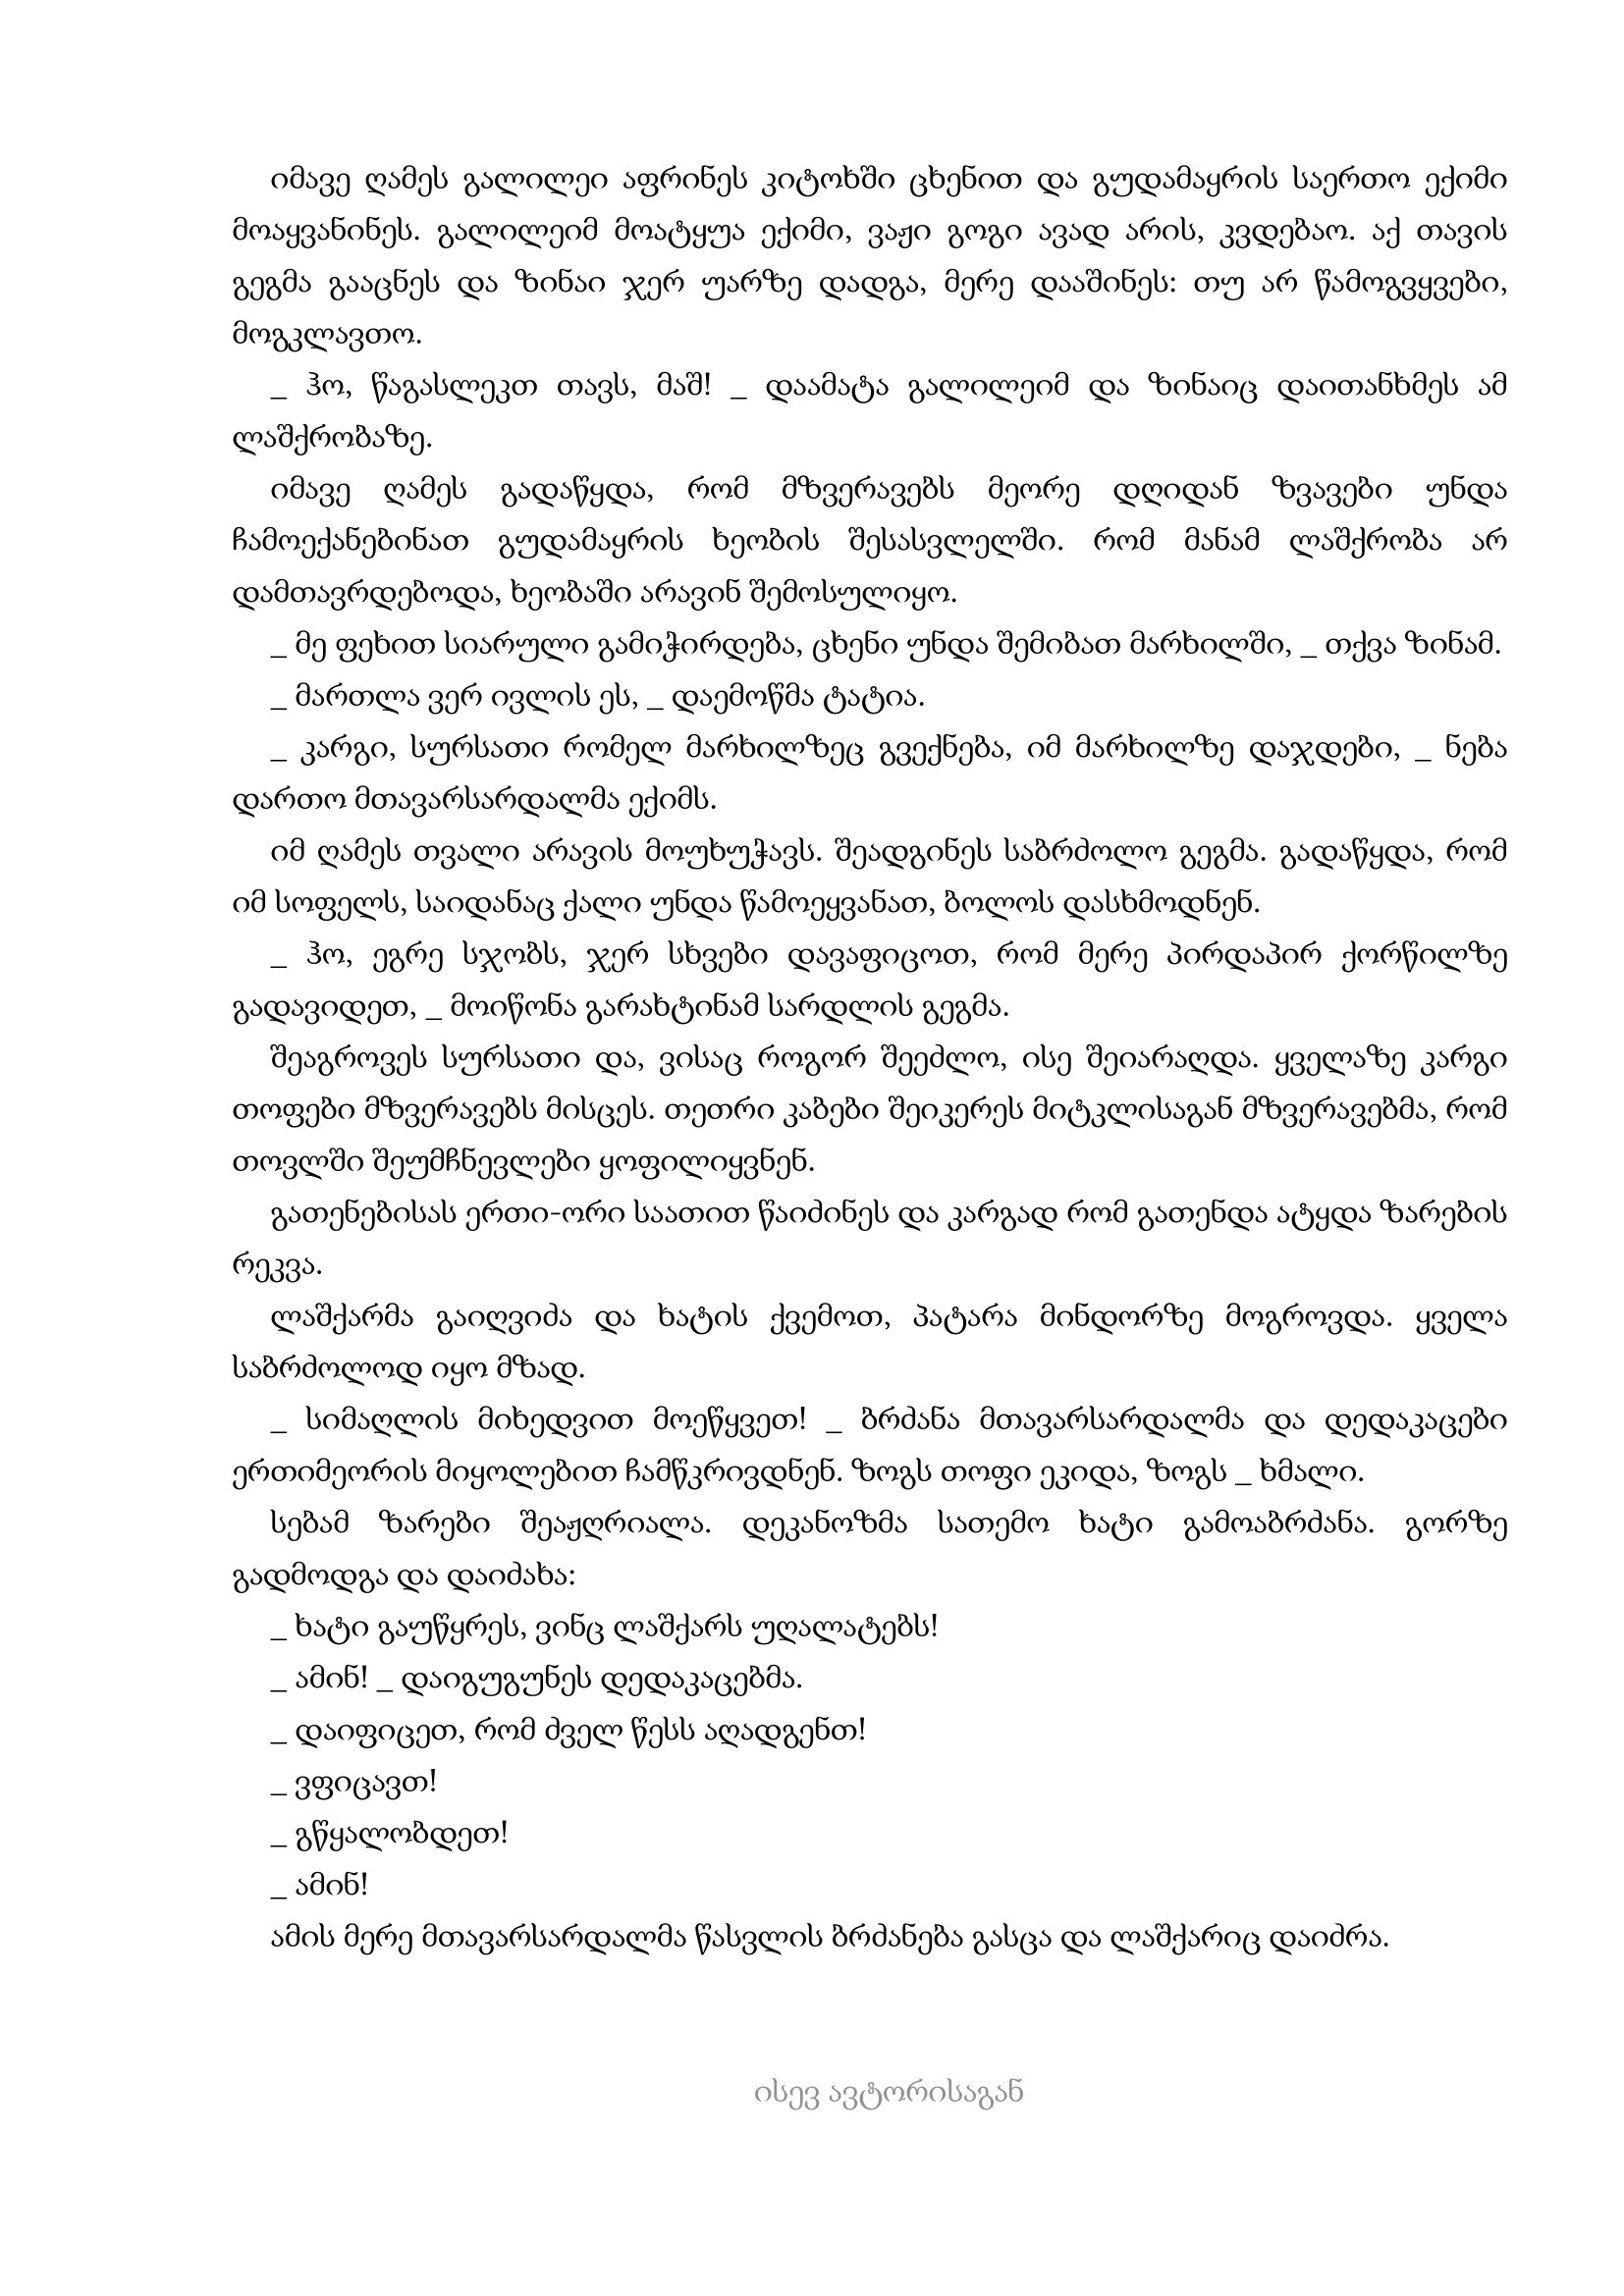
Language: gr